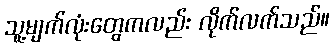
သူ့မျက်လုံးတွေကလည်း လိုက်လက်သည်။